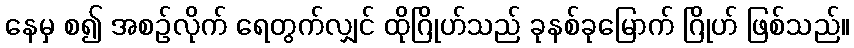
နေမှ စ၍ အစဉ်လိုက် ရေတွက်လျှင် ထိုဂြိုဟ်သည် ခုနစ်ခုမြောက် ဂြိုဟ် ဖြစ်သည်။